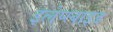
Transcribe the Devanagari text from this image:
इलेप्स्वाइड